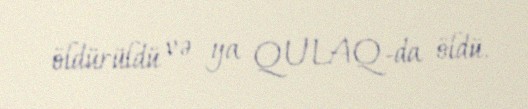
öldürüldü və ya QULAQ-da öldü.